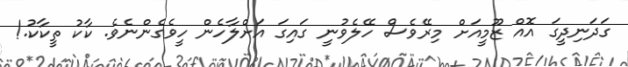
ގަދަނިދީގަ އޮއް ޒޫމީއަށް މިރޭވެސް ހޭލެވުނީ ގައިގަ އަށްލާހެން ހީވެގެންނެވެ. ކާކު ތީކާކު.!